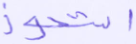
استحوذ